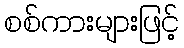
စစ်ကားများဖြင့်